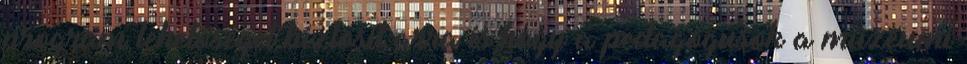
program lehetőséget biztosít arra is,hogy a pedagógusok a múzeumi